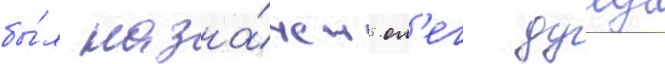
бы́л назна́чен ол'ег дулуб